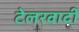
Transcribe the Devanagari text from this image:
टेलरवादी